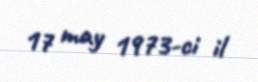
17 may 1973-ci il